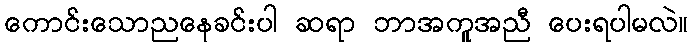
ကောင်းသောညနေခင်းပါ ဆရာ ဘာအကူအညီ ပေးရပါမလဲ။